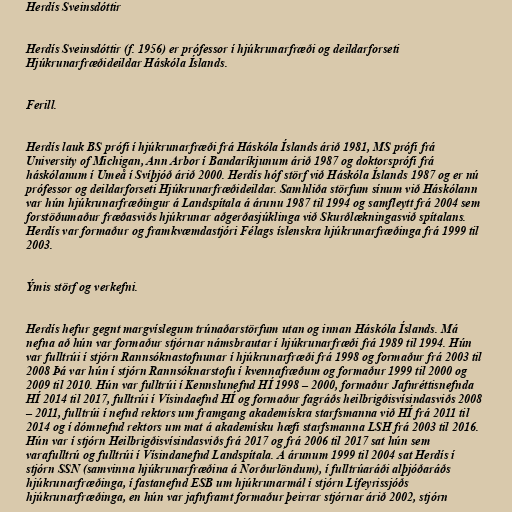
Herdís Sveinsdóttir

Herdís Sveinsdóttir (f. 1956) er prófessor í hjúkrunarfræði og deildarforseti
Hjúkrunarfræðideildar Háskóla Íslands.

Ferill.

Herdís lauk BS prófi í hjúkrunarfræði frá Háskóla Íslands árið 1981, MS prófi frá
University of Michigan, Ann Arbor í Bandaríkjunum árið 1987 og doktorsprófi frá
háskólanum í Umeå í Svíþjóð árið 2000. Herdís hóf störf við Háskóla Íslands 1987 og er nú
prófessor og deildarforseti Hjúkrunarfræðideildar. Samhliða störfum sínum við Háskólann
var hún hjúkrunarfræðingur á Landspítala á árunu 1987 til 1994 og samfleytt frá 2004 sem
forstöðumaður fræðasviðs hjúkrunar aðgerðasjúklinga við Skurðlækningasvið spítalans.
Herdís var formaður og framkvæmdastjóri Félags íslenskra hjúkrunarfræðinga frá 1999 til
2003.

Ýmis störf og verkefni.

Herdís hefur gegnt margvíslegum trúnaðarstörfum utan og innan Háskóla Íslands. Má
nefna að hún var formaður stjórnar námsbrautar í hjúkrunarfræði frá 1989 til 1994. Hún
var fulltrúi í stjórn Rannsóknastofnunar í hjúkrunarfræði frá 1998 og formaður frá 2003 til
2008 Þá var hún í stjórn Rannsóknarstofu í kvennafræðum og formaður 1999 til 2000 og
2009 til 2010. Hún var fulltrúi í Kennslunefnd HÍ 1998 – 2000, formaður Jafnréttisnefnda
HÍ 2014 til 2017, fulltrúi í Vísindaefnd HÍ og formaður fagráðs heilbrigðisvísindasviðs 2008
– 2011, fulltrúi í nefnd rektors um framgang akademískra starfsmanna við HÍ frá 2011 til
2014 og í dómnefnd rektors um mat á akademísku hæfi starfsmanna LSH frá 2003 til 2016.
Hún var í stjórn Heilbrigðisvísindasviðs frá 2017 og frá 2006 til 2017 sat hún sem
varafulltrú og fulltrúi í Vísindanefnd Landspítala. Á árunum 1999 til 2004 sat Herdís í
stjórn SSN (samvinna hjúkrunarfræðina á Norðurlöndum), í fulltrúaráði alþjóðaráðs
hjúkrunarfræðinga, í fastanefnd ESB um hjúkrunarmál í stjórn Lífeyrissjóðs
hjúkrunarfræðinga, en hún var jafnframt formaður þeirrar stjórnar árið 2002, stjórn